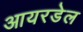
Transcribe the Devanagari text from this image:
आयरडेल